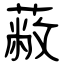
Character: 蔽